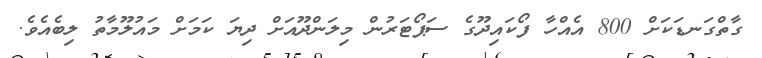
ގާތްގަނޑަކަށް 800 އެއްހާ ފޯކައިދޫގެ ސަޕޯޓަރުން މިލަންދޫއަށް ދިޔަ ކަމަށް މައުލޫމާތު ލިބެއެވެ.